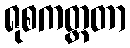
ရုစကတ္ထတာ